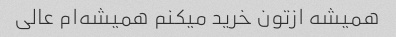
همیشه ازتون خرید میکنم همیشه‌ام عالی